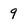
Character: 9